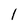
Character: l